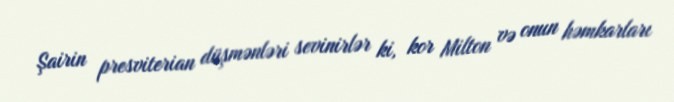
Şairin presviterian düşmənləri sevinirlər ki, kor Milton və onun həmkarları